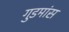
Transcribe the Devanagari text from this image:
गुडमांस